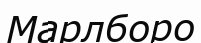
Марлборо